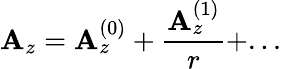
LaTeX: \mathbf{A}_{z}=\mathbf{A}_{z}^{(0)}+\frac{{\mathbf{A}_{z}^{(1)}}}{{r}}+...